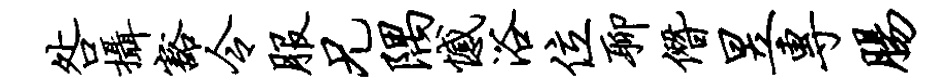
咎摄豁令服兄隅憾浴位聊僭昱专肠